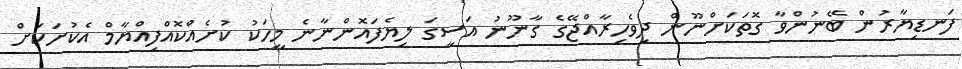
ފަނޑިޔާރުން ބޭނުންވާ ގޮތަކަށްނޫން ދިވެހިރާއްޖޭގެ ގާނޫނު އަސީގަ ލިޔެފައޮންނާނެ މީހަކު ކުށެއްކޮއްފިއްޔާމް އެކުށަކަށް